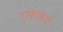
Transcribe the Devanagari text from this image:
एशबर्न